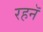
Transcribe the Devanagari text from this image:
रहनॅ